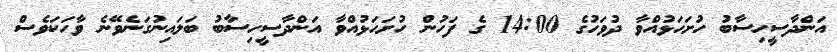
އަންދާސީހިސާބު ހުށަހަޅުއްވާ ދުވަހުގެ 14:00 ގެ ފަހުން ހުށަހަޅުއްވާ އަންދާސީހިސާބު ބަލައިނުގަނެވޭނެ ވާހަކަވެސް